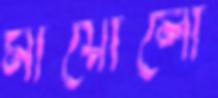
মায়োলো